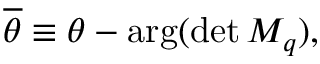
\overline { { { \theta } } } \equiv \theta - \mathrm { a r g } ( \operatorname * { d e t } M _ { q } ) ,